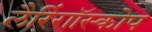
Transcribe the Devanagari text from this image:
लैरिंगॉस्कोप